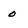
Character: o